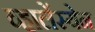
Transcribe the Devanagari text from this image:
व्हालेंस्येन